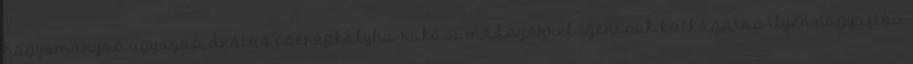
hagyományos agyagos, drótos cserépkályha-rakási módszerrel igencsak kockázatos ilyen nagyajtós